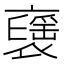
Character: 𧝾